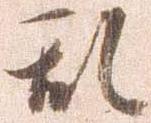
乱